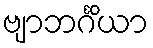
ဗျာဘင်္ဂိယာ